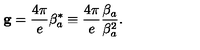
{ \bf g } = \frac { 4 \pi } { e } \mathrm { \boldmath \beta } _ { a } ^ { * } \equiv \frac { 4 \pi } { e } \frac { \mathrm { \boldmath \beta } _ { a } } { \mathrm { \boldmath \beta } _ { a } ^ { 2 } } .